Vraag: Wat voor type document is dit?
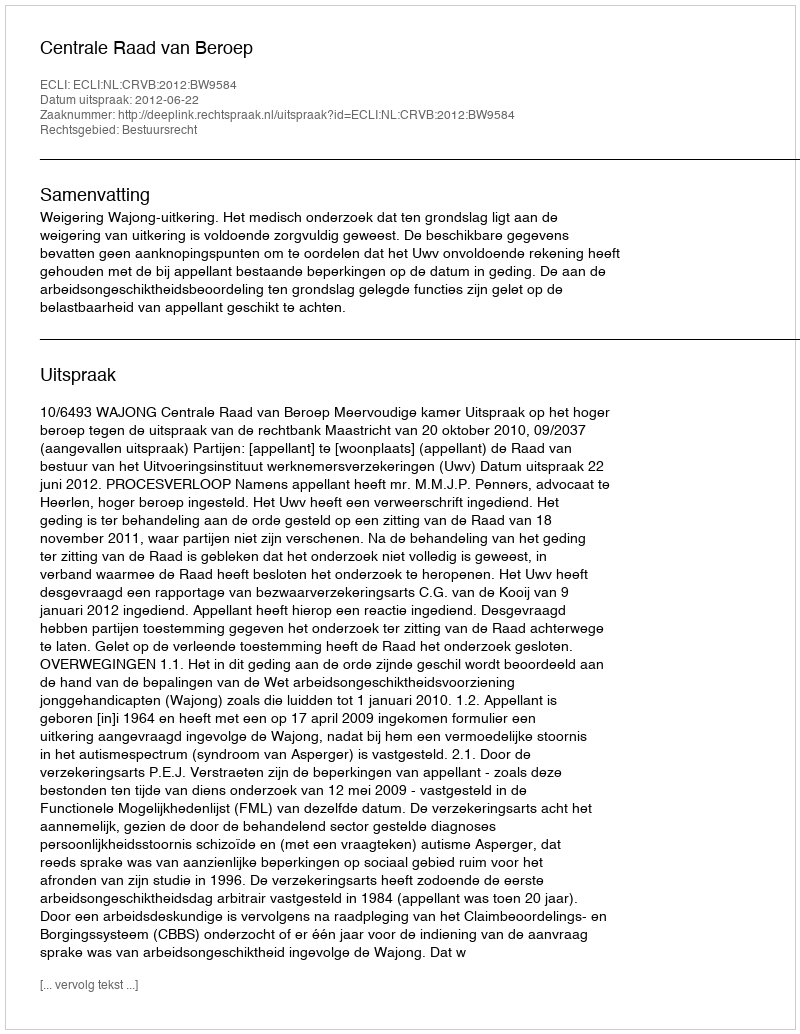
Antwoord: Uitspraak